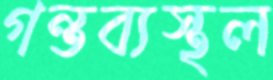
গন্তব্যস্থল